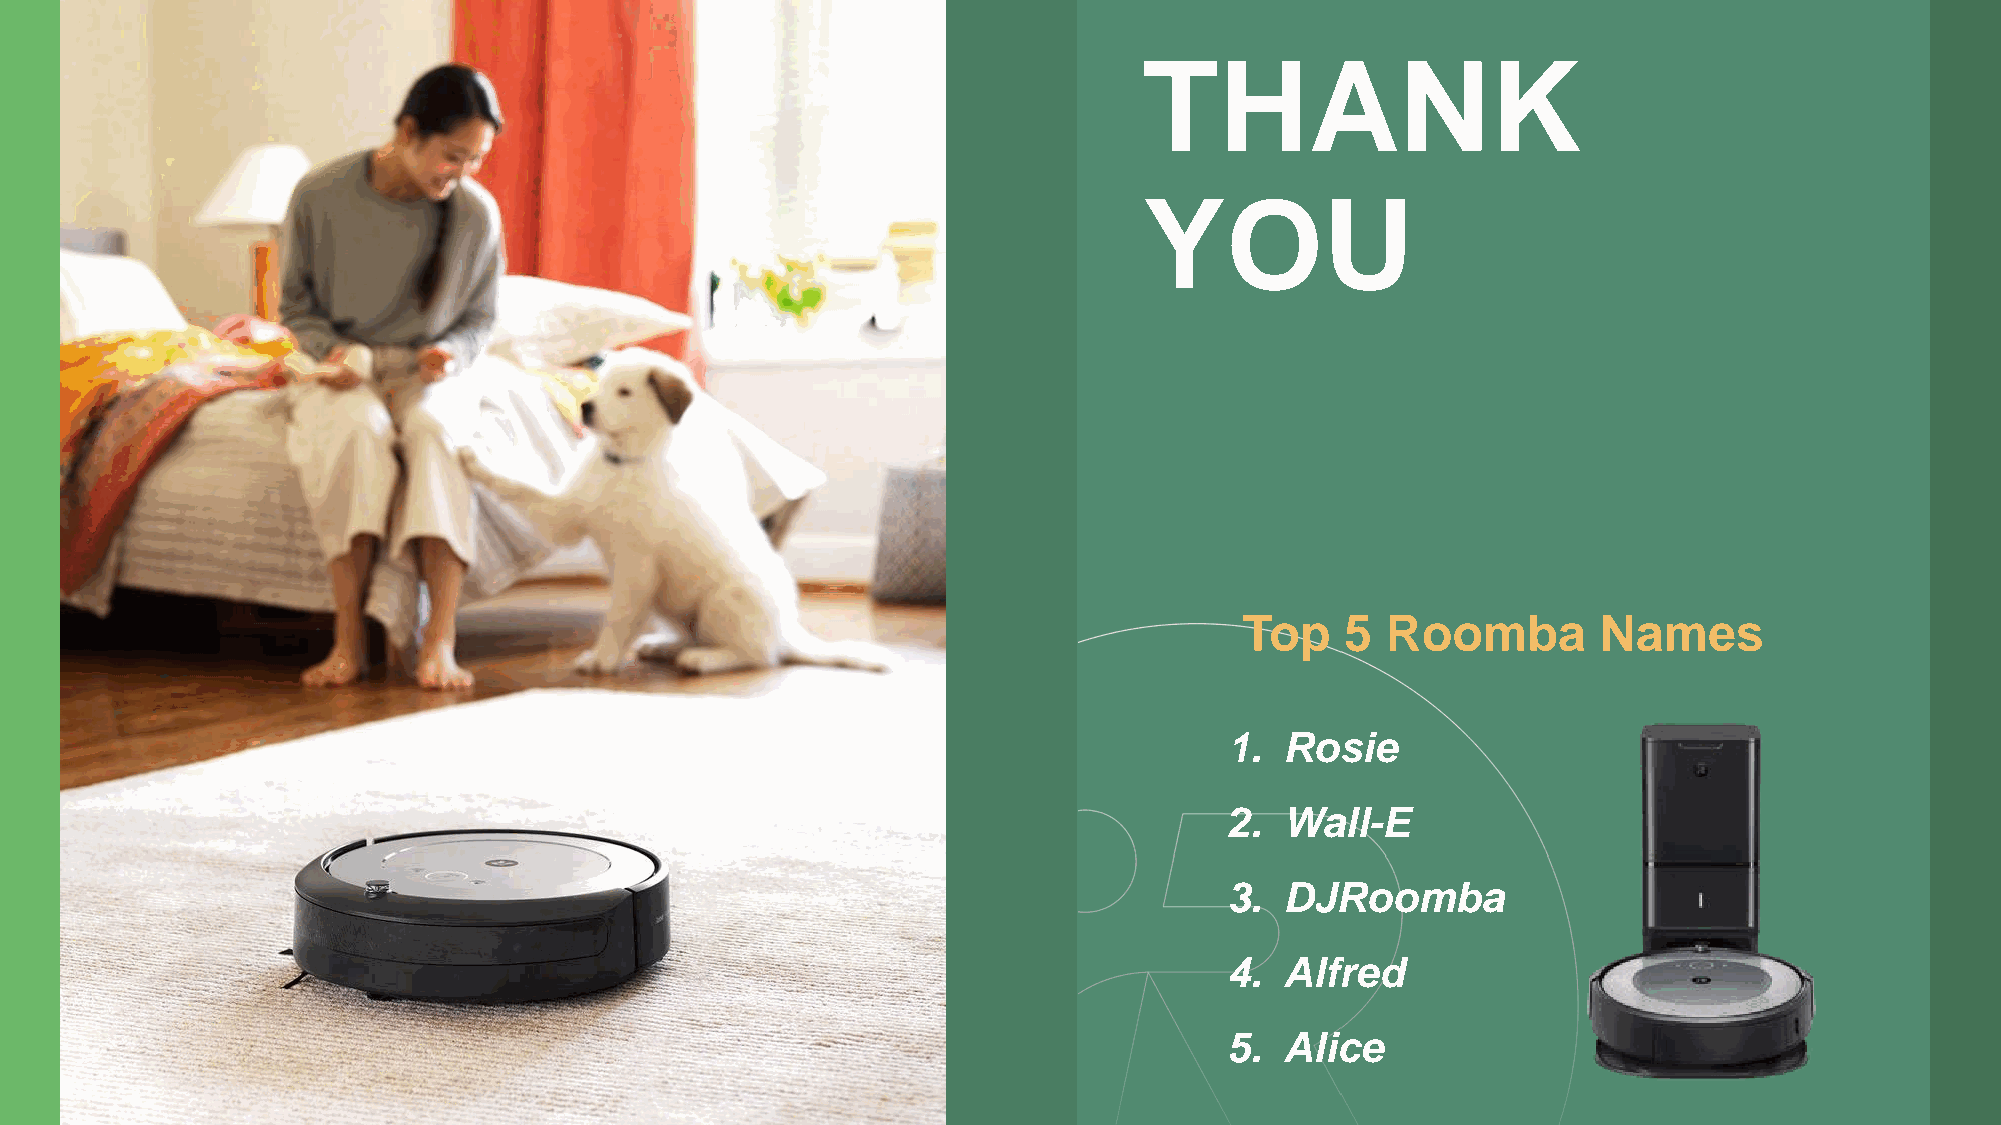
THANK
 YOU
 Top    5  Roomba        Names
 1.  Rosie
 2.  Wall-E
 3.  DJRoomba
 4.  Alfred
 5.  Alice